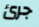
جرئ